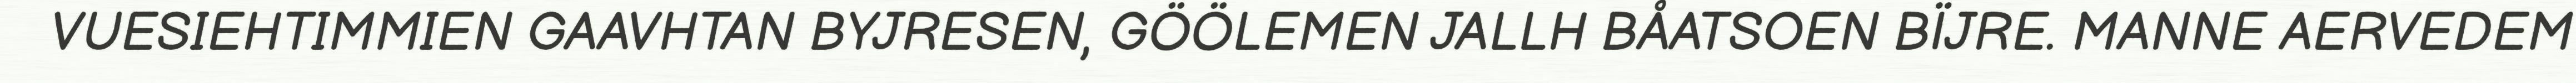
VUESIEHTIMMIEN GAAVHTAN BYJRESEN, GÖÖLEMEN JALLH BÅATSOEN BÏJRE. MANNE AERVEDEM